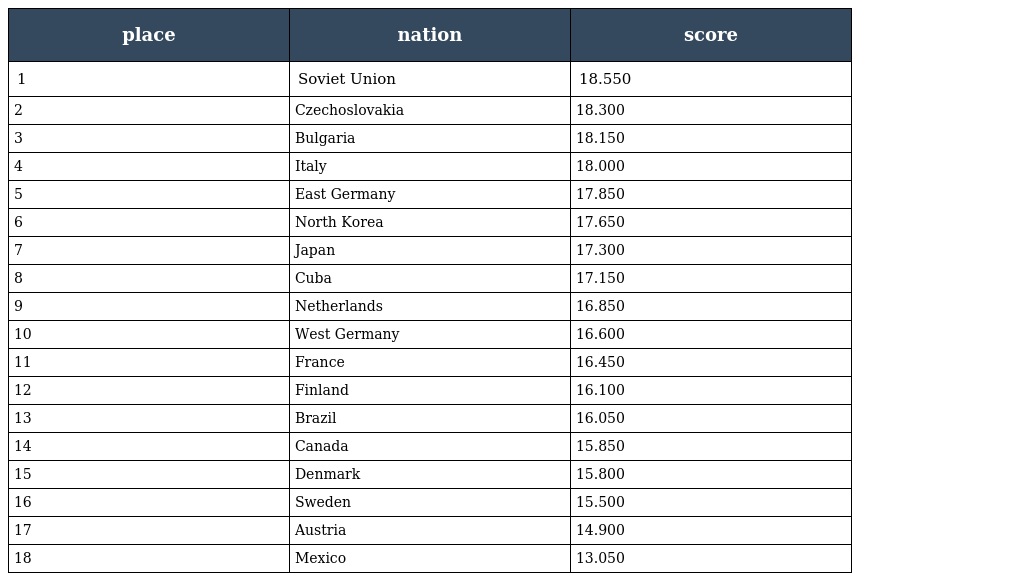
| place | nation | score |
 | --- | --- | --- |
 | 1 | Soviet Union | 18.550 |
 | 2 | Czechoslovakia | 18.300 |
 | 3 | Bulgaria | 18.150 |
 | 4 | Italy | 18.000 |
 | 5 | East Germany | 17.850 |
 | 6 | North Korea | 17.650 |
 | 7 | Japan | 17.300 |
 | 8 | Cuba | 17.150 |
 | 9 | Netherlands | 16.850 |
 | 10 | West Germany | 16.600 |
 | 11 | France | 16.450 |
 | 12 | Finland | 16.100 |
 | 13 | Brazil | 16.050 |
 | 14 | Canada | 15.850 |
 | 15 | Denmark | 15.800 |
 | 16 | Sweden | 15.500 |
 | 17 | Austria | 14.900 |
 | 18 | Mexico | 13.050 |